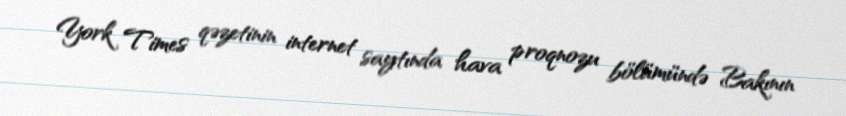
York Times qəzetinin internet saytında hava proqnozu bölümündə Bakının